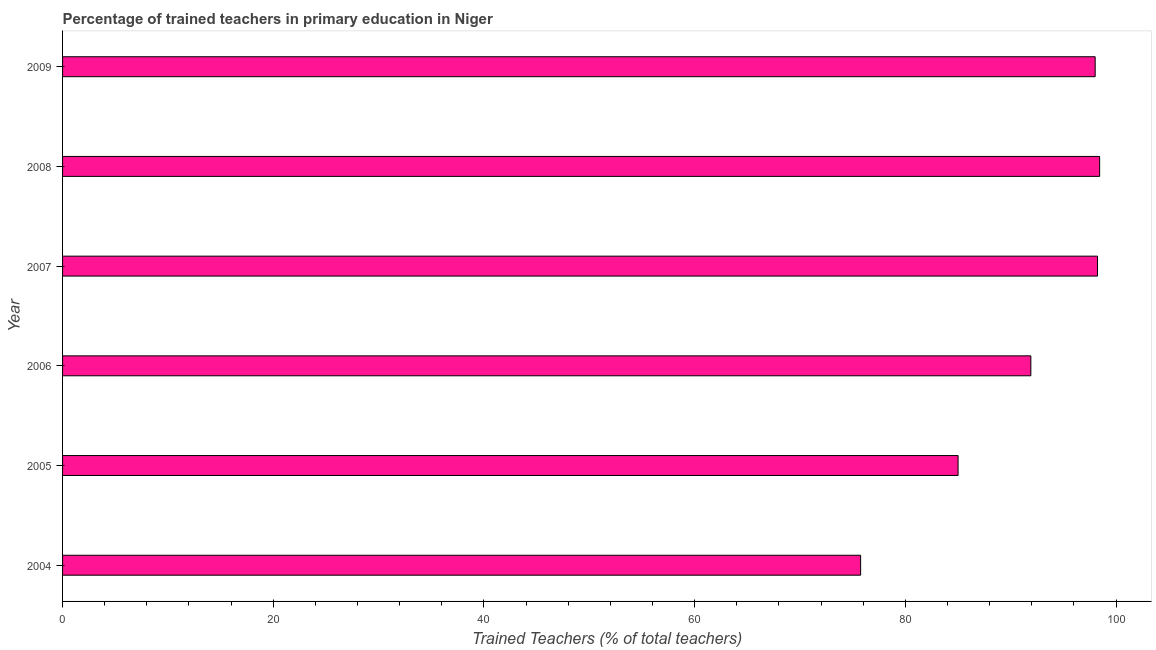
| Year | Trained teacher |
 | --- | --- |
 | 2004 | 75.8 |
 | 2005 | 85 |
 | 2006 | 91.9 |
 | 2007 | 98.2 |
 | 2008 | 98.4 |
 | 2009 | 98 |